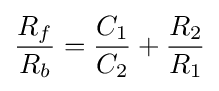
{R_{f} \over R_{b}}={C_{1} \over C_{2}}+{R_{2} \over R_{1}}